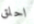
احلق